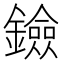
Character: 鐱